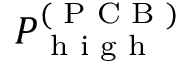
P _ { \textrm { h i g h } } ^ { ( \textrm { P C B } ) }